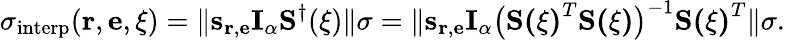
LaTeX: \sigma_{\mathrm{interp}}(\mathbf{r},\mathbf{e},\mathbf{\xi})=\| \mathbf{s}_{\mathbf{r},\mathbf{e}}\mathbf{I}_{\alpha}\mathbf{S}^{\dagger}(\mathbf{\xi})\| \sigma=\| \mathbf{s}_{\mathbf{r},\mathbf{e}}\mathbf{I}_{\alpha}\big(\mathbf{S(\mathbf{\xi})}^{T}\mathbf{S(\mathbf{\xi})}\big)^{-1}\mathbf{S(\mathbf{\xi})}^{T}\| \sigma.